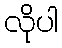
လိုပါ